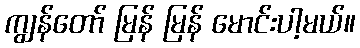
ကျွန်တော် မြန် မြန် မောင်းပါ့မယ်။